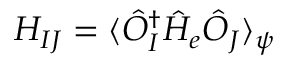
H _ { I J } = \langle \hat { O } _ { I } ^ { \dagger } \hat { H } _ { e } \hat { O } _ { J } \rangle _ { \psi }